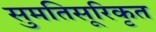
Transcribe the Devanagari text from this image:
सुमतिसूरिकृत